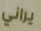
يراني